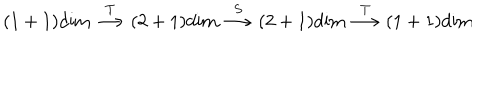
LaTeX: ( 1 + 1 ) \mathrm { d i m } \stackrel { T } { \longrightarrow } ( 2 + 1 ) \mathrm { d i m } \stackrel { S } { \longrightarrow } ( 2 + 1 ) \mathrm { d i m } \stackrel { T } { \longrightarrow } ( 1 + 1 ) \mathrm { d i m }